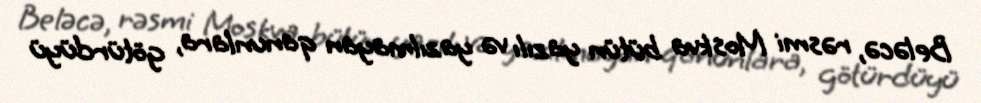
Beləcə, rəsmi Moskva bütün yazılı və yazılmayan qanunlara, götürdüyü